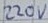
Text: 220V